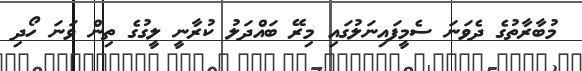
މުބާރާތުގެ ދެވަނަ ސެމީފައިނަލުގައި މިރޭ ބައްދަލު ކުރާނީ ލީގުގެ ތިން ވަނަ ހޯދި